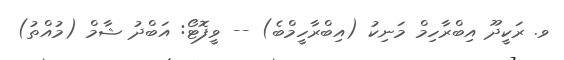
ވ. ރަކީދޫ އިބްރާހިމް މަނިކު (އިބްރާހީމްބެ) -- ވީފޮޓޯ: އަބްދު ޝާމް (މުއްތު)